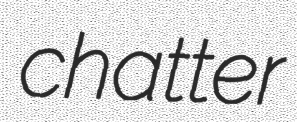
chatter